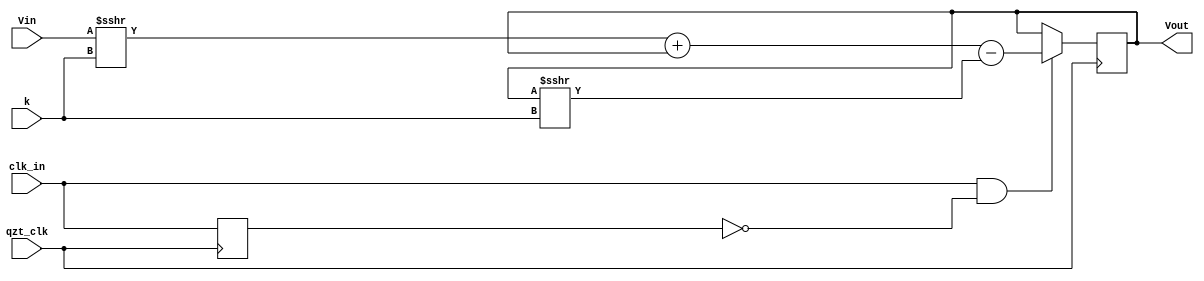
module Module_LowPassFilter(input qzt_clk,
													  input clk_in,
														input [3:0] k,
														input signed [19:0] Vin,

														output reg signed [19:0] Vout);

//reg	signed [19:0] Vout_old = 0;
reg		clk_in_old;
// Insert below the necessary reg's and lines
always @(posedge qzt_clk) begin
	/*
		NOTES:
			1) The operator >>> works as intended only for SIGNED reg(s)
			2) When a negative number is padded with >>(>) it should be padded with zeros
			3) Performing the computation with some "two-complements" in-between may lead
				 to overflows (that was what I was seeing!!!). In that case a workaround
				 needs to be implemented.

		Solution with two-complements *without* workarounds:
	Vout <= Vout
					+ ( (Vout[19])? ( (~Vout+1) >> k) 			: (~(Vout >> k) + 1) ) // - (Vout>>k)
					+ ( (Vin[19]) ? ( (~(~Vin+1)>> k)+1)	: (  Vin >> k ) );//(Vin>>k);
 	 */
 	if(clk_in & !clk_in_old) begin
		Vout <= (Vin >>> k) + Vout - (Vout >>> k);
	end
	clk_in_old <= clk_in;


end

endmodule